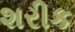
શરીક